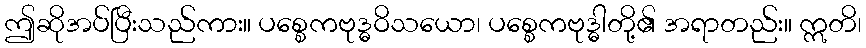
ဤဆိုအပ်ပြီးသည်ကား။ ပစ္စေကဗုဒ္ဓဝိသယော၊ ပစ္စေကဗုဒ္ဓါတို့၏ အရာတည်း။ ဣတိ၊